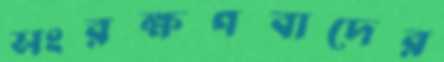
সংরক্ষণবাদের